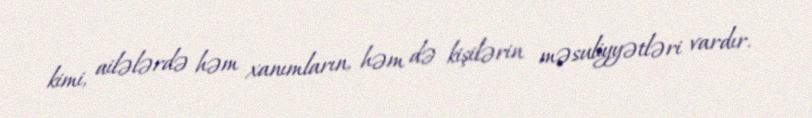
kimi, ailələrdə həm xanımların, həm də kişilərin məsuliyyətləri vardır.